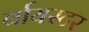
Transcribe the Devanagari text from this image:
र्वायस्टर